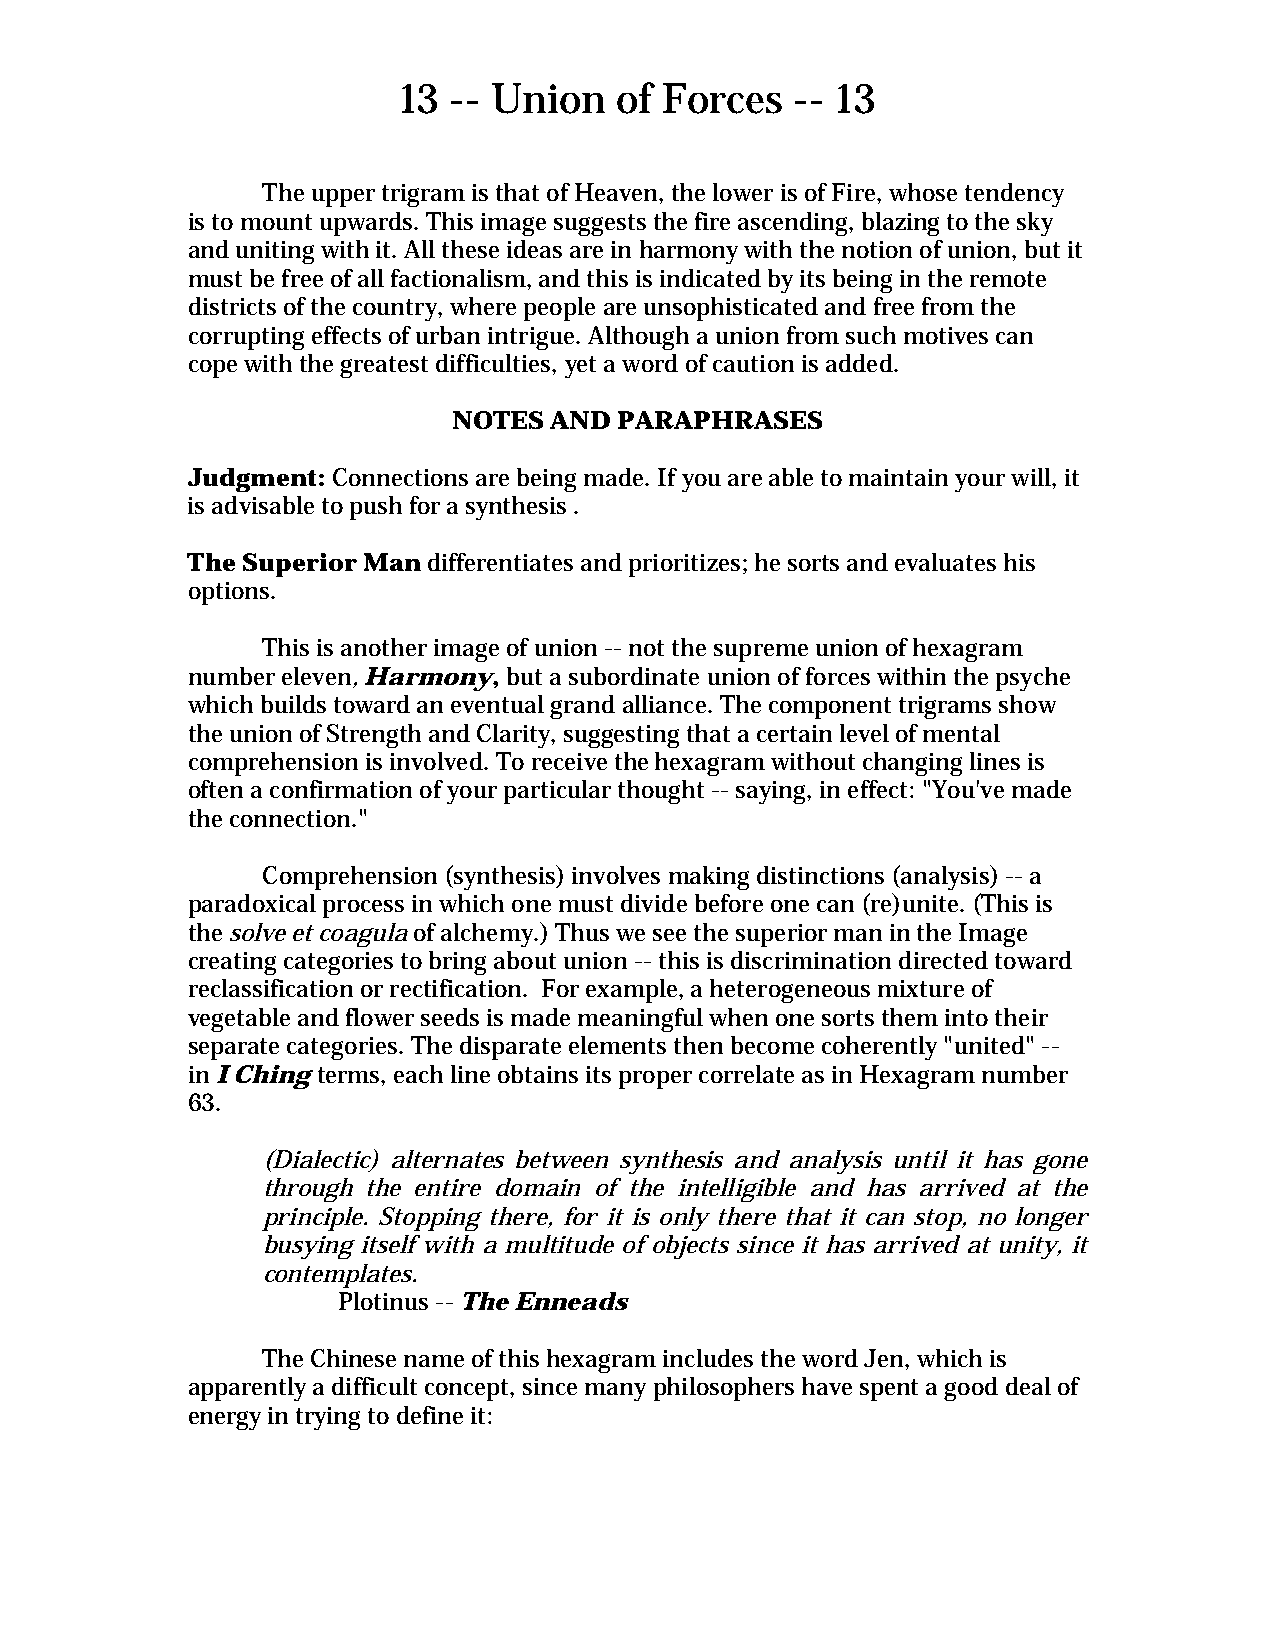
13  -- Union   of Forces   -- 13
 The upper trigram is that of Heaven, the lower is of Fire, whose tendency
 is to mount upwards. This image suggests the fire ascending, blazing to the sky
 and uniting with it. All these ideas are in harmony with the notion of union, but it
 must be free of all factionalism, and this is indicated by its being in the remote
 districts of the country, where people are unsophisticated and free from the
 corrupting effects of urban intrigue. Although a union from such motives can
 cope with the greatest difficulties, yet a word of caution is added.
 NOTES AND  PARAPHRASES
 Judgment: Connections are being made. If you are able to maintain your will, it
 is advisable to push for a synthesis .
 The Superior Man differentiates and prioritizes; he sorts and evaluates his
 options.
 This is another image of union -- not the supreme union of hexagram
 number eleven, Harmony, but a subordinate union of forces within the psyche
 which builds toward an eventual grand alliance. The component trigrams show
 the union of Strength and Clarity, suggesting that a certain level of mental
 comprehension is involved. To receive the hexagram without changing lines is
 often a confirmation of your particular thought -- saying, in effect: "You've made
 the connection."
 Comprehension (synthesis) involves making distinctions (analysis) -- a
 paradoxical process in which one must divide before one can (re)unite. (This is
 the solve et coagula of alchemy.) Thus we see the superior man in the Image
 creating categories to bring about union -- this is discrimination directed toward
 reclassification or rectification. For example, a heterogeneous mixture of
 vegetable and flower seeds is made meaningful when one sorts them into their
 separate categories. The disparate elements then become coherently "united" --
 in I Ching terms, each line obtains its proper correlate as in Hexagram number
 63.
 (Dialectic) alternates between synthesis and analysis until it has gone
 through the entire domain of the intelligible and has arrived at the
 principle. Stopping there, for it is only there that it can stop, no longer
 busying itself with a multitude of objects since it has arrived at unity, it
 contemplates.
 Plotinus -- The Enneads
 The Chinese name of this hexagram includes the word Jen, which is
 apparently a difficult concept, since many philosophers have spent a good deal of
 energy in trying to define it: